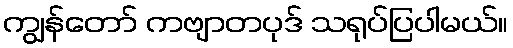
ကျွန်တော် ကဗျာတပုဒ် သရုပ်ပြပါမယ်။